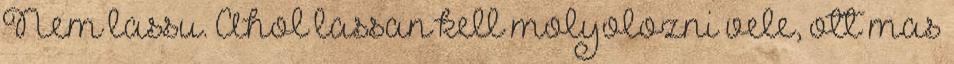
Nem lassu. Ahol lassan kell molyolozni vele, ott mas